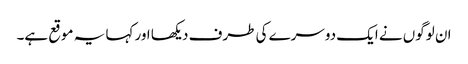
ان لوگوں نے ایک دوسرے کی طرف دیکھا اور کہا یہ موقع ہے۔